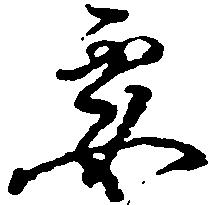
要